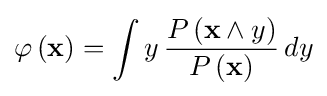
\varphi \left(\mathbf {x} \right)=\int y\,{\frac {P\left(\mathbf {x} \land y\right)}{P\left(\mathbf {x} \right)}}\,dy